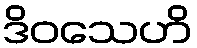
ဒိဝသေဟိ